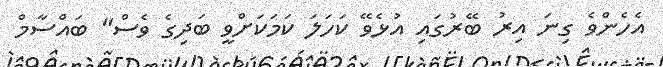
އެހެންވެ ގިނަ އިރު ބޭރުގައި އުޅެވޭ ކަހަލަ ކަމަކަށްވީ ބަދިގެ ވެސް" ބައްސާމް